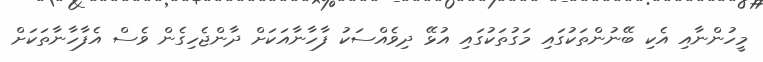
މީހުންނާއި އެކި ބޭނުންތަކުގައި މަގުތަކުގައި އުޅޭ ދިވެއްސަކު ފާހާނާއަކަށް ދާންޖެހިގެން ވެސް އެފާހާނާތަކަށް